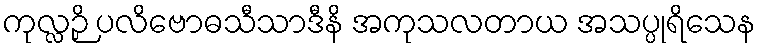
ကုလ္လဉှိ ပလိဗောဓသီသာဒီနိ အကုသလတာယ အသပ္ပုရိသေန